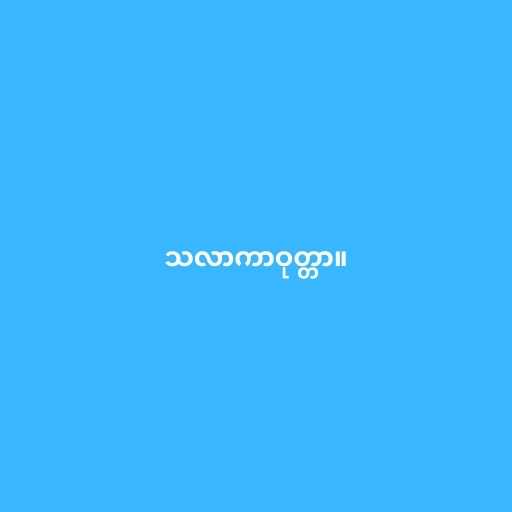
သလာကာဝုတ္တာ။